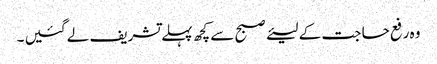
وہ رفع حا جت کے لیئے صبح سے کچھ پہلے تشریف لے گئیں ۔